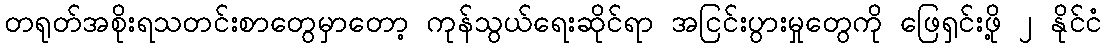
တရုတ်အစိုးရသတင်းစာတွေမှာတော့ ကုန်သွယ်ရေးဆိုင်ရာ အငြင်းပွားမှုတွေကို ဖြေရှင်းဖို့ ၂ နိုင်ငံ